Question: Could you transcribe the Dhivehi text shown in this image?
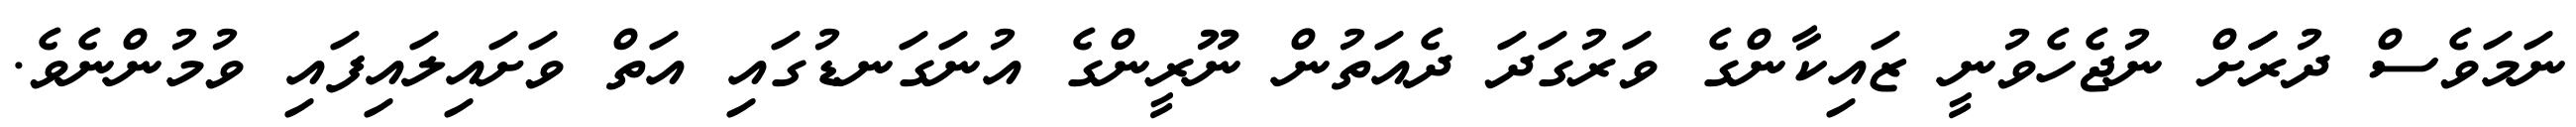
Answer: ނަމަވެސް ދުރަަށް ނުޖެހެވުނީ ޒައިކާންގެ ވަރުގަދަ ދެއަތުން ނޫރީންގެ އުނަގަނޑުގައި އަތް ވަށައިލައިފައި ވުމުންނެވެ.